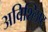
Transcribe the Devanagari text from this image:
अविश्लिष्ट